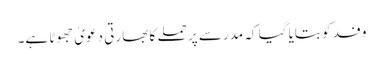
وفد کو بتایا گیا کہ مدرسے پر حملے کا بھارتی دعویٰ جھوٹا ہے۔